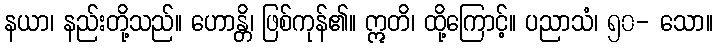
နယာ၊ နည်းတို့သည်။ ဟောန္တိ၊ ဖြစ်ကုန်၏။ ဣတိ၊ ထို့ကြောင့်။ ပညာသံ၊ ၅၀- သော။